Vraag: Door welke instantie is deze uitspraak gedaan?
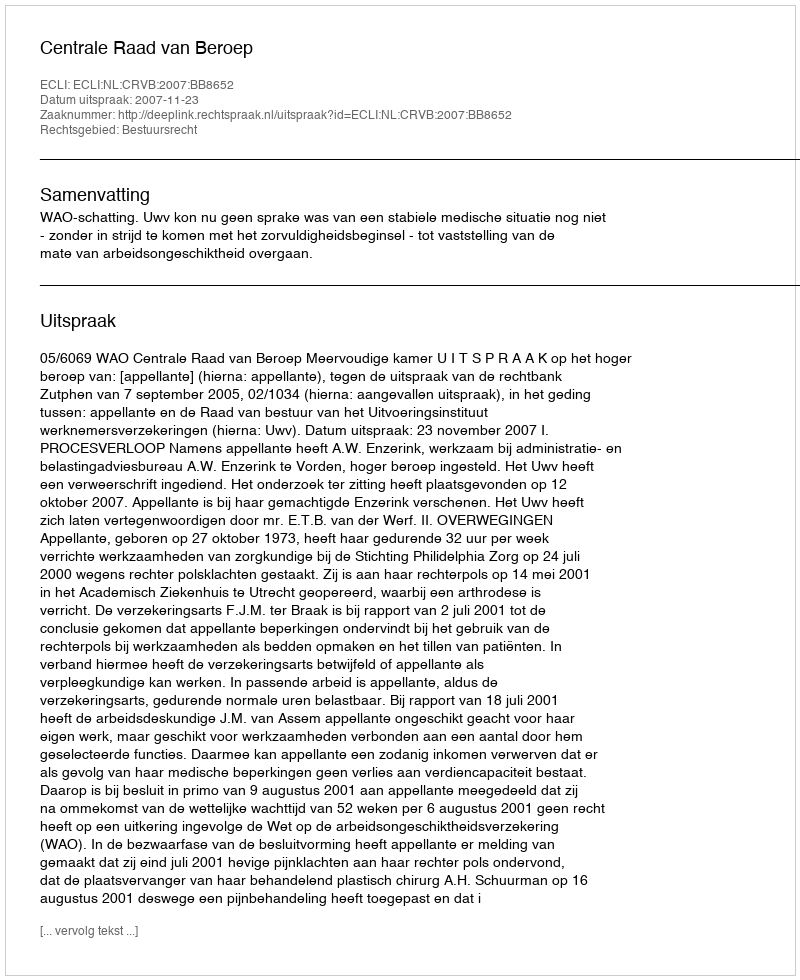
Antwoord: Centrale Raad van Beroep